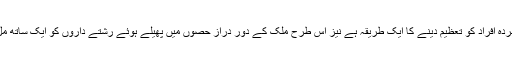
ایک ملاگسی شخص کے مطابق یہ ان کے لیے اپنے مردہ افراد کو تعظیم دینے کا ایک طریقہ ہے نیز اس طرح ملک کے دور دراز حصوں میں پھیلے ہوئے رشتے داروں کو ایک ساتھ مل بیٹھنے اور یگانگت کے اظہار کا موقع بھی ملتا ہے۔